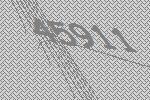
45911